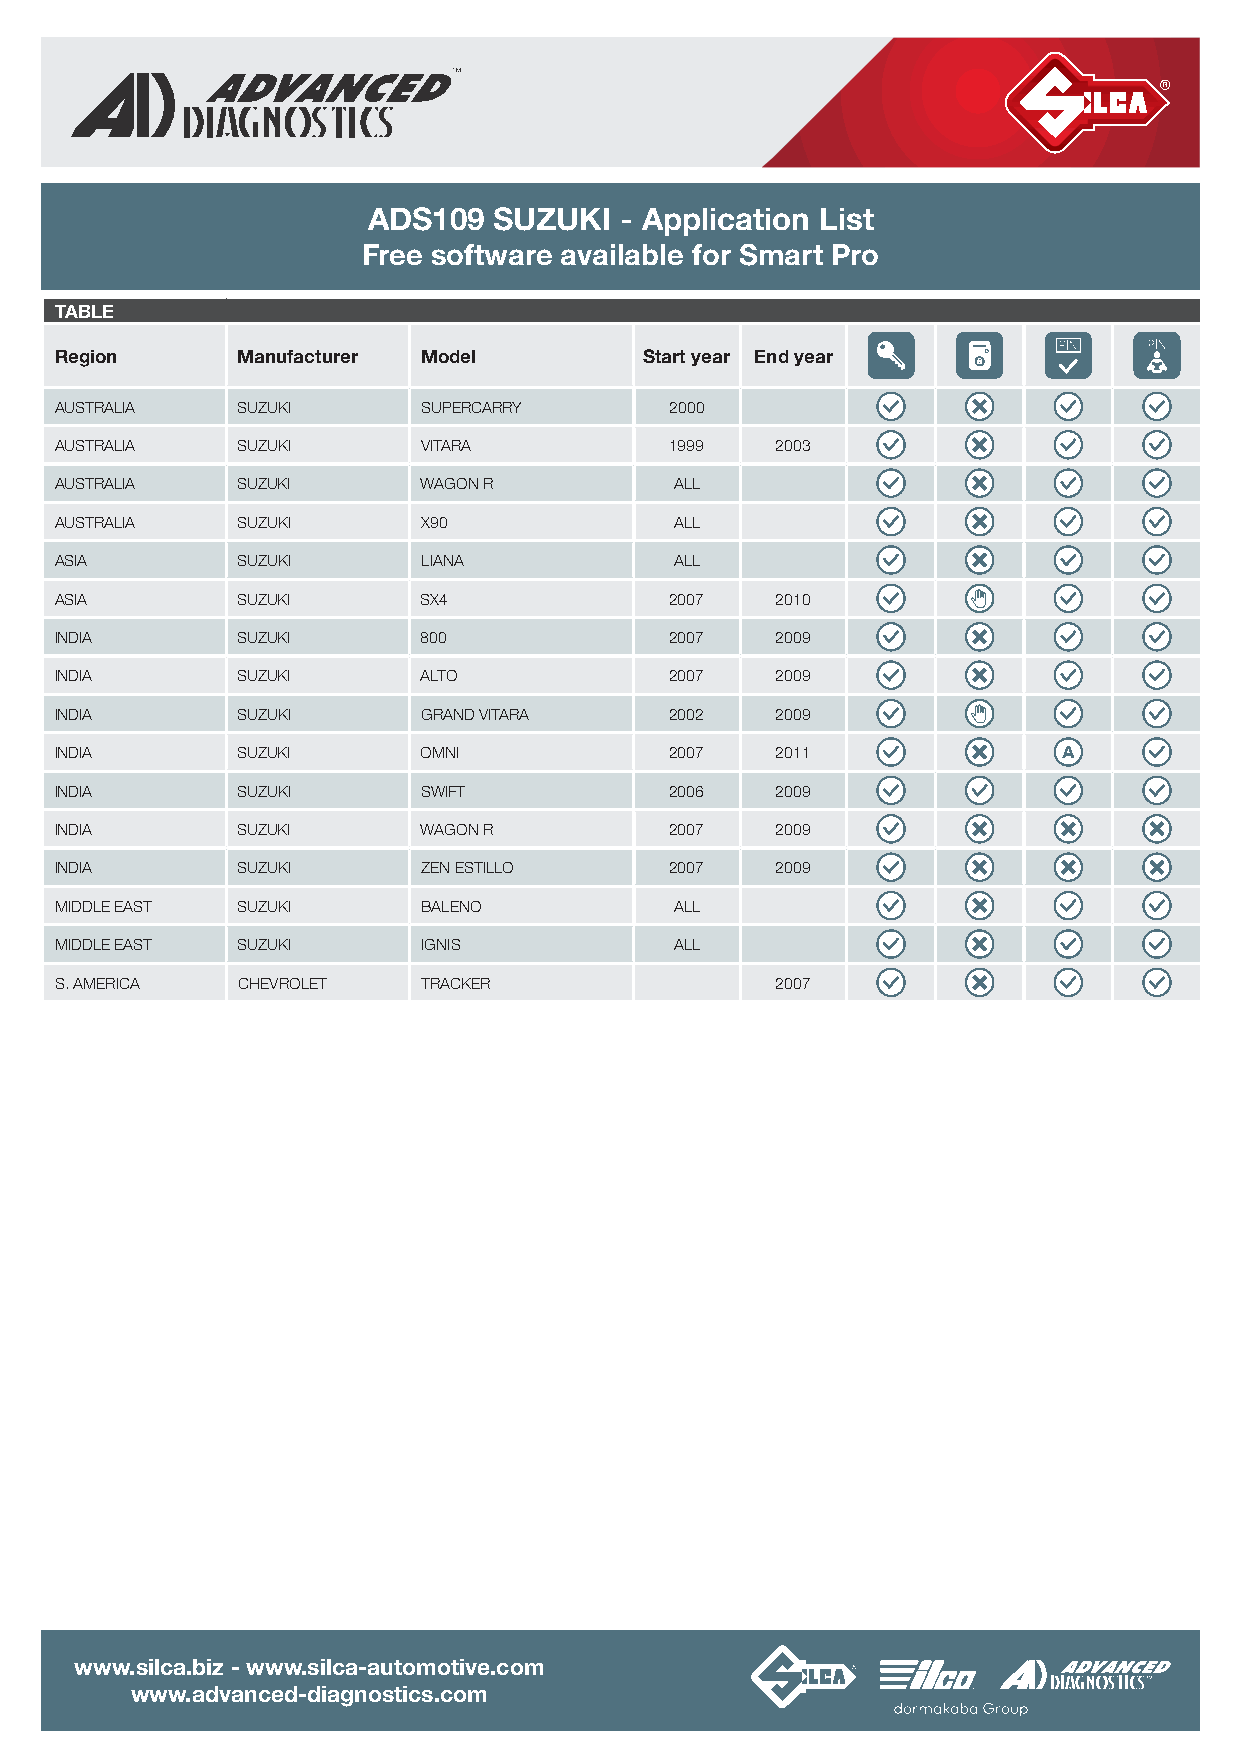
ADS109   SUZUKI  - Application List
 Free software available for Smart Pro
 TABLE
 Region      Manufacturer Model         Start year End year
 AUSTRALIA   SUZUKI      SUPERCARRY      2000
 AUSTRALIA   SUZUKI      VITARA          1999   2003
 AUSTRALIA   SUZUKI      WAGON R          ALL
 AUSTRALIA   SUZUKI      X9 0             ALL
 ASIA        SUZUKI      LIANA            ALL
 ASIA        SUZUKI      SX4             2007   2010
 INDIA       SUZUKI      800             2007   2009
 INDIA       SUZUKI      ALTO            2007   2009
 INDIA       SUZUKI      GRAND VITARA    2002   2009
 INDIA       SUZUKI      OMNI            2007   2011
 INDIA       SUZUKI      SWIFT           2006   2009
 INDIA       SUZUKI      WAGON R         2007   2009
 INDIA       SUZUKI      ZEN ESTILLO     2007   2009
 MIDDLE EAST SUZUKI      BALENO           ALL
 MIDDLE EAST SUZUKI      IGNIS            ALL
 S. AMERICA  CHEVROLET   TRACKER                2007
 www.silca.biz - www.silca-automotive.com
 www.advanced-diagnostics.com